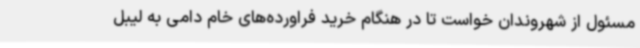
مسئول از شهروندان خواست تا در هنگام خرید فراورده‌های خام دامی به لیبل